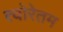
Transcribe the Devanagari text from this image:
त्योरेतम